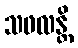
သဖလန္တိ